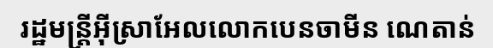
រដ្ឋមន្ត្រីអ៊ីស្រាអែលលោកបេនចាមីន ណេតាន់